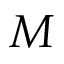
M